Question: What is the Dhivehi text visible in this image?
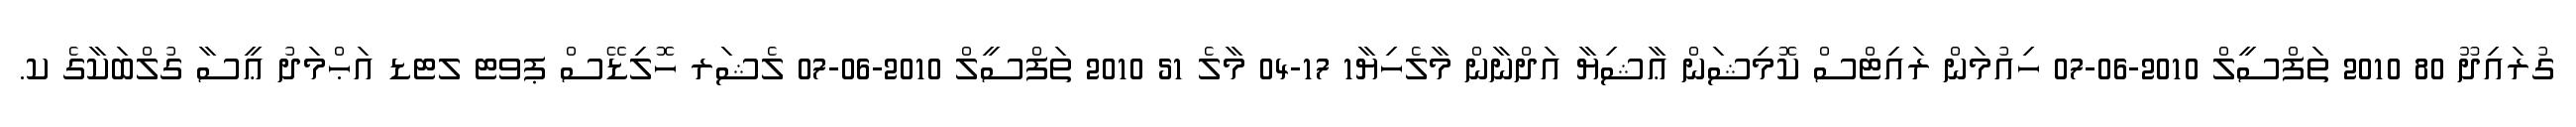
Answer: ގުރައިދޫ 80 2010 ތަފްސީލް 2010-06-07 ހިއުމަން ރައިޓްސް ކޮމިޝަން ޢާޝިޔާ އަދްނާން މާލެހިޔާ1 17-04 މާލެ 51 2010 ތަފްސީލް 2010-06-07 ލެޝަރ ހޮލިޑޭސް ޕވޓ ލޓޑ އަޙްމަދު ޢީސާ ގުލްބަކާގެ ކ.